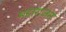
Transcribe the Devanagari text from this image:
महाराजन